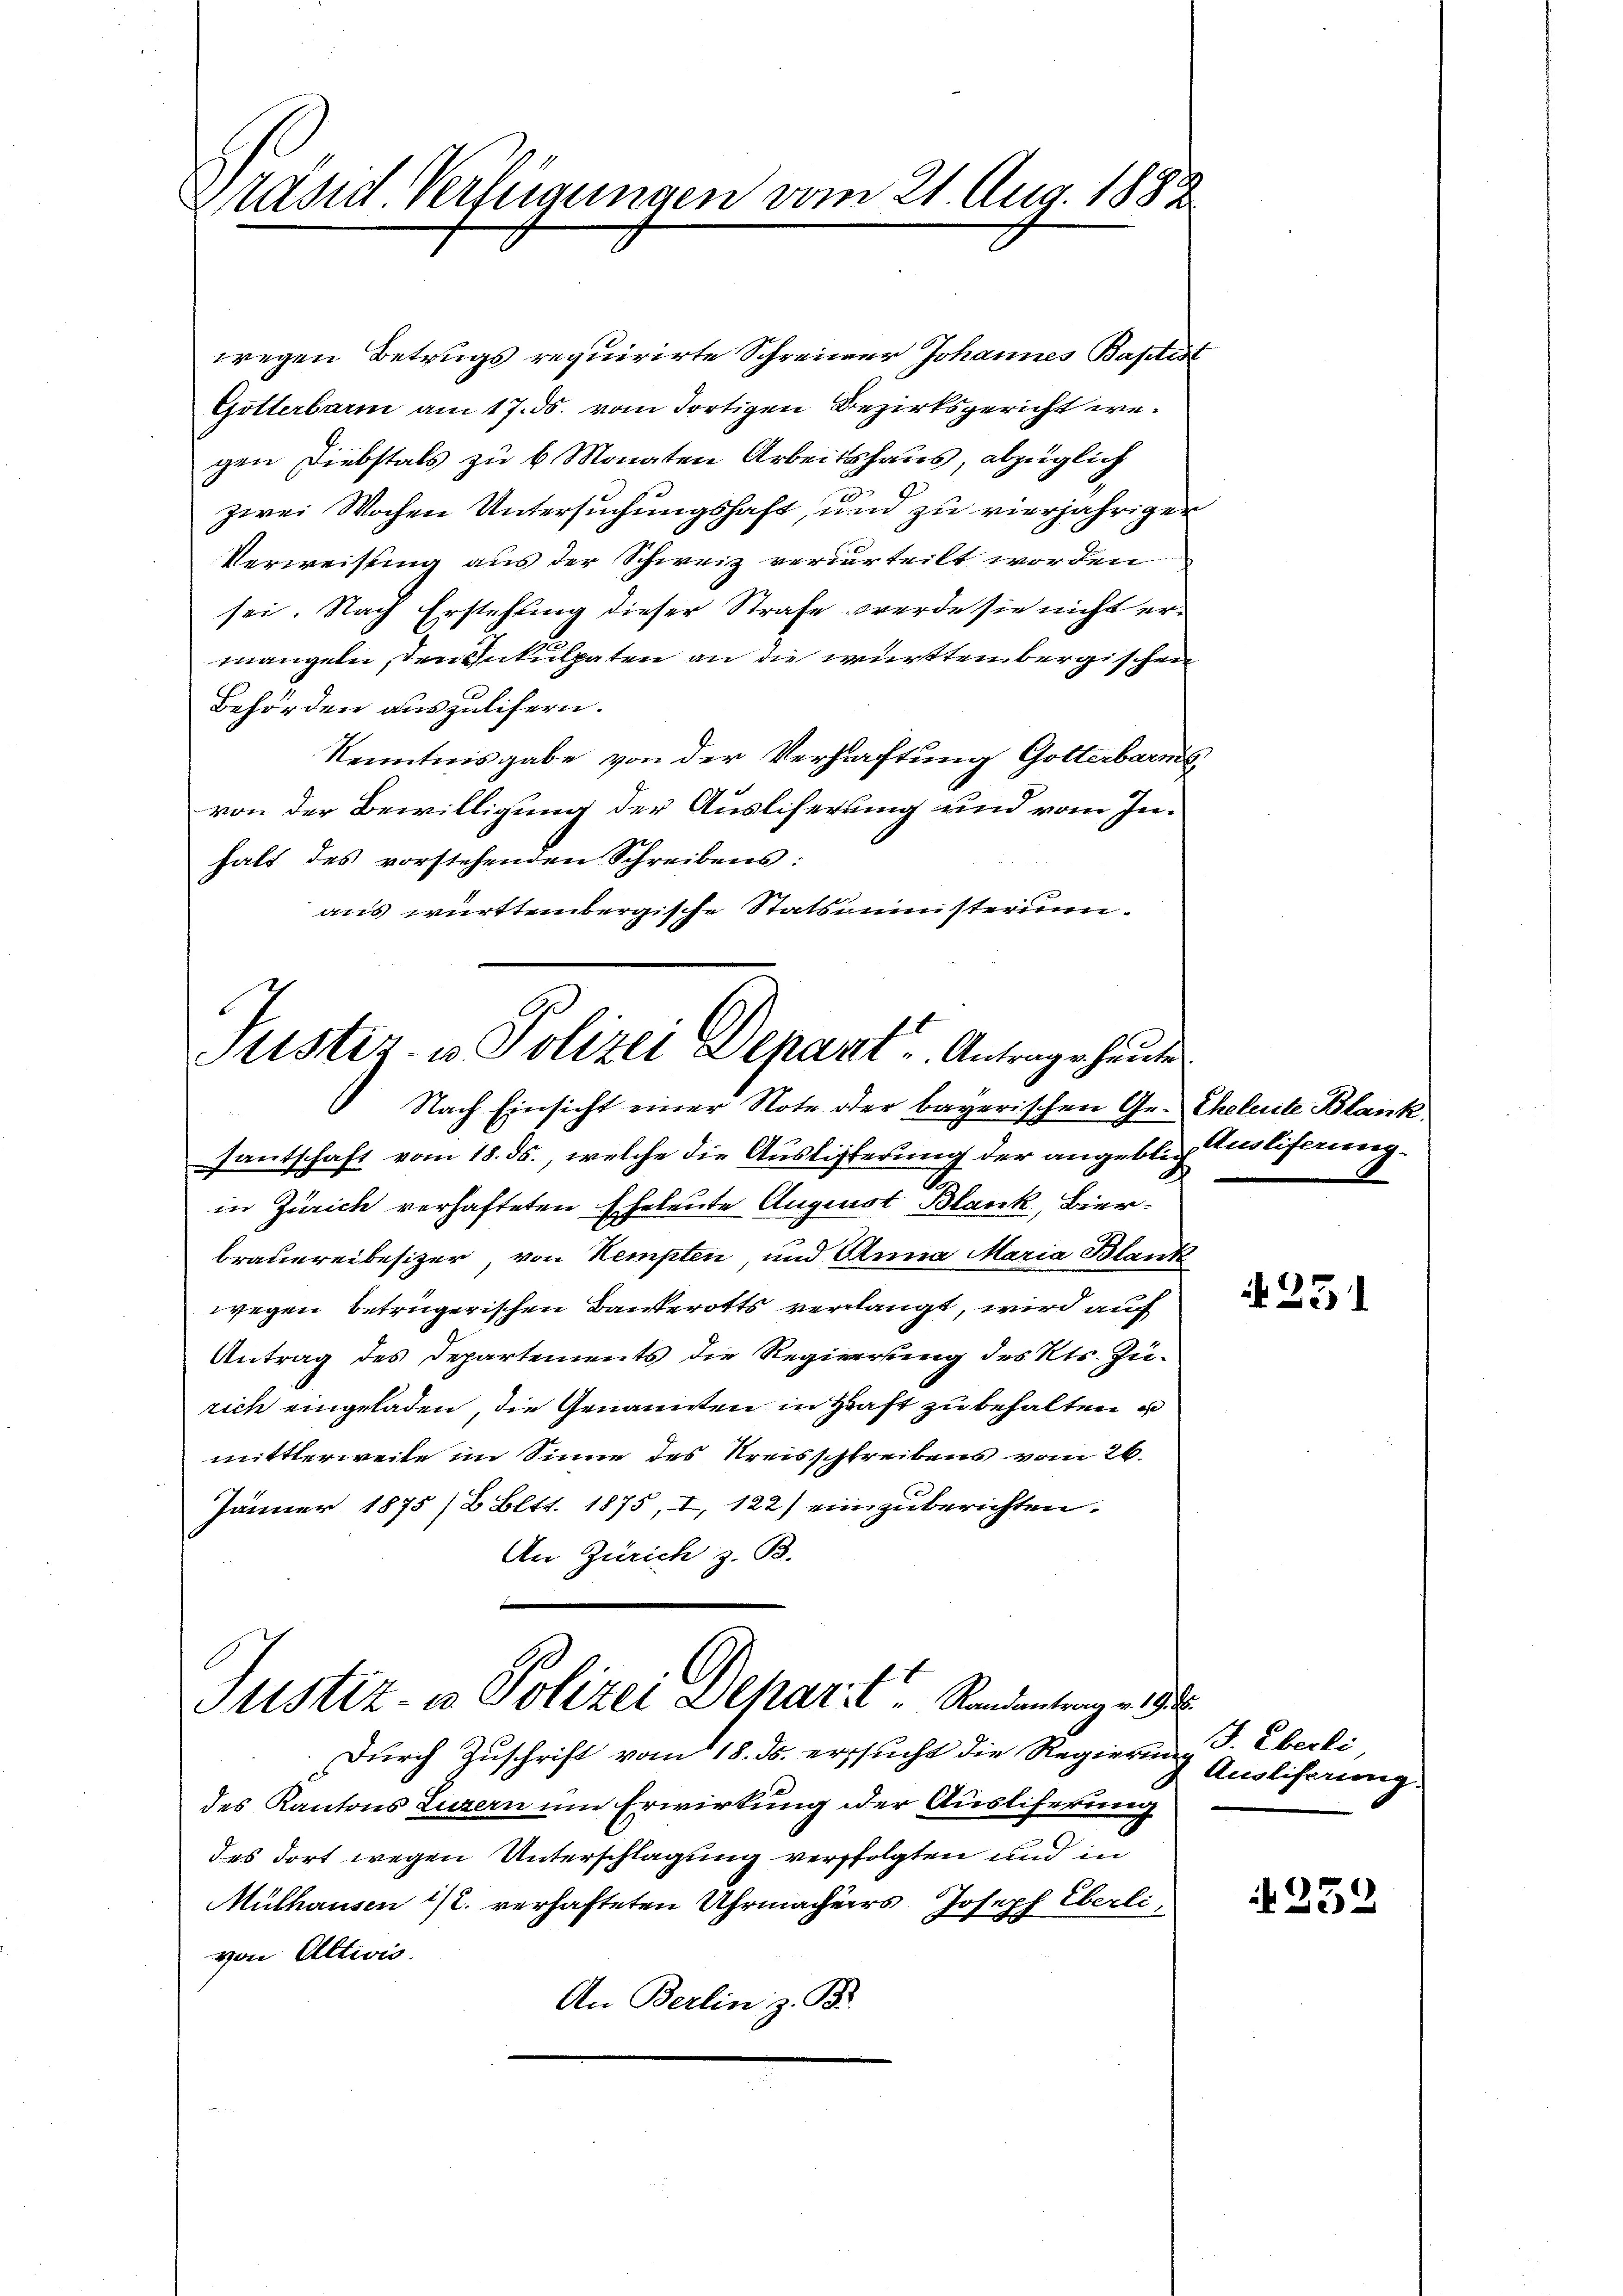
Präsid. Verfügungen vom 21. Aug. 1882

wegen Betrugs requirirte Schreiner Johannes Baptist
Gotterbarm am 17. ds. vom dortigen Bezirksgericht wegen Diebstals zu 6 Monaten Arbeitshaus, abzüglich
zwei Wochen Untersuchungshaft, und zu vierjähriger
Verweisung aus der Schweiz verurteilt worden
sei. Nach Erstehung dieser Strafe werde sie nicht ermangeln, den Enkulpaten an die württembergischen
Behörden auszulifern.
Kenntnisgabe von der Verhaftung Gotterbarms
von der Bewilligung der Ausliserung und vom Inhalt des vorstehenden Schreibens:
aus württembergische Statsministerium.
Justiz- u. Polizei Depart. Antrage heute

Nach Einsicht einer Note oder bayerischen Ge- Eheleute Blank

santschaft vom 18. ds., welche die Auslisterung der angeblich Anliferung¬
A
in Zürich verhafteten Eheleute Augenst Blank, Bier¬
Brauereibesizer, von Kempten, und Anna Maria Blank
wegen betrügerischen Bankerotts verlangt, wird auch
Antrag des Departements die Regierung des Kts. Zurich eingeladen, die Genannten in Kraft zu behalten u
mittlerweite im Sinne des Kreisschreibens vom 26.
Jänner 1875 /2 Bltt. 1875, I, 122) einzuberichten.
An Zürich z. B.

Justiz- & Polizei Deparit: Standentenges

Durch Zuschrift vom 18. ds. ersucht die Regierung. Eberli
des Kantons Luzern um Erwirkung der Auslieferung
des dort wegen Unterschlagung verfolgten und in
Mülhausen 1/2. verhafteten Uhrmachers Joseph Eberli,
von Altwis.
An Berlin z. B.

.

A 231

Ausliferung.

252